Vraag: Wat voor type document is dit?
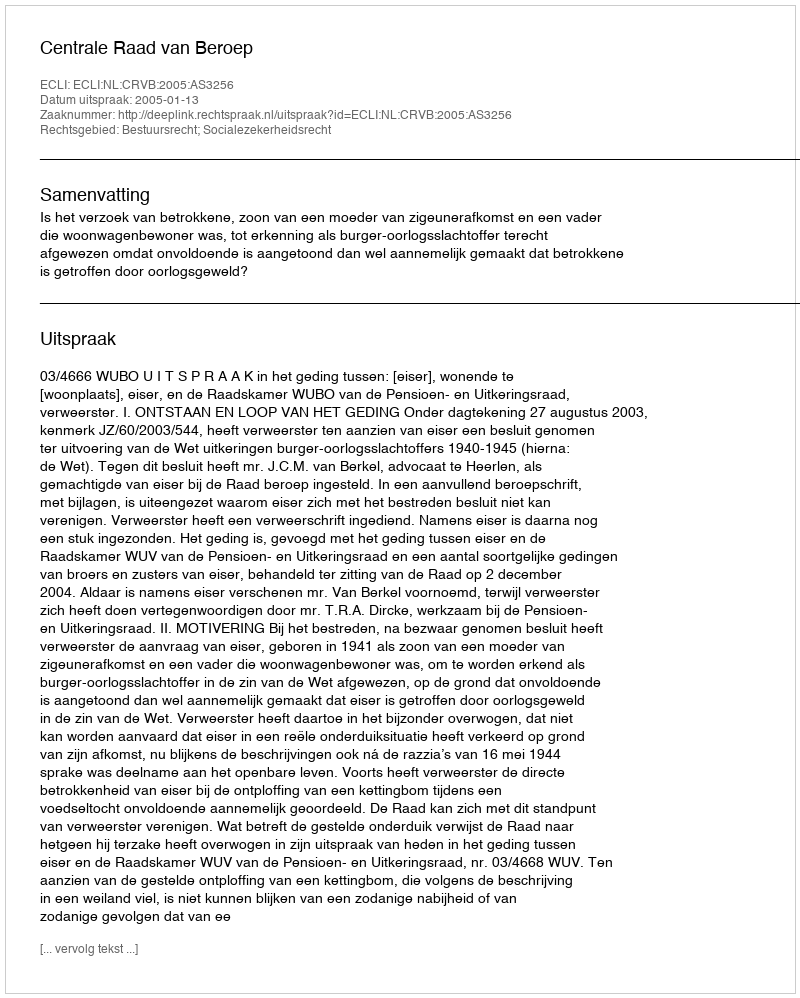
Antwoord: Uitspraak